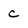
Character: c